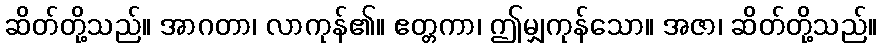
ဆိတ်တို့သည်။ အာဂတာ၊ လာကုန်၏။ ဧတ္တကာ၊ ဤမျှကုန်သော။ အဇာ၊ ဆိတ်တို့သည်။